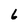
Character: 6